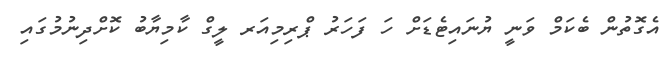
އެގޮތުން ބެކަމް ވަނީ ޔުނައިޓެޑަށް ހަ ފަހަރު ޕްރިމިއަރ ލީގް ކާމިޔާބު ކޮށްދިނުމުގައި